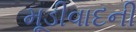
મૂડીવાદની